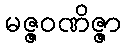
မဇ္ဇဝဏိဇ္ဇာ